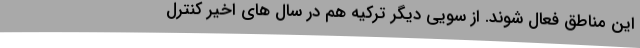
این مناطق فعال شوند. از سویی دیگر ترکیه هم در سال های اخیر کنترل